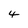
Character: 4